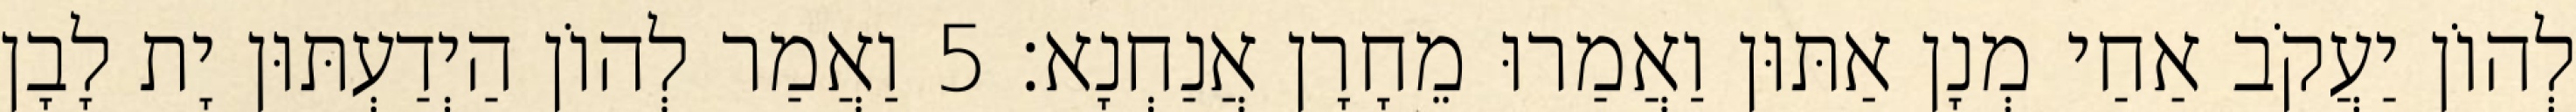
לְהוֹן יַעֲקֹב אַחַי מְנָן אַתּוּן וַאֲמַרוּ מֵחָרָן אֲנַחְנָא׃ 5 וַאֲמַר לְהוֹן הַיְדַעְתּוּן יָת לָבָן